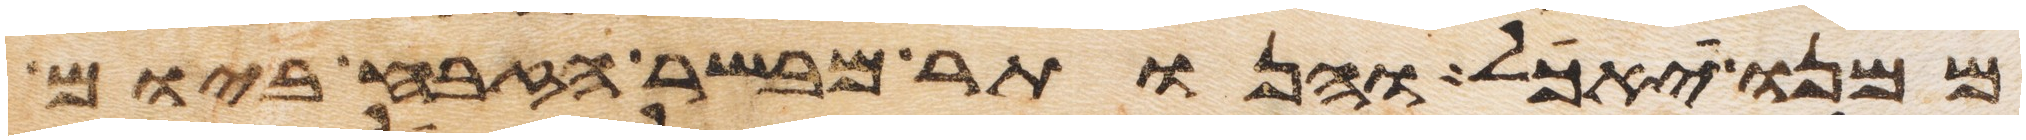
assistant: ממנו יאכל והנותר מבשר הזבח ביום